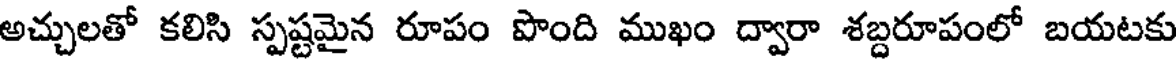
అచ్చులతో కలిసి స్పష్టమైన రూపం పొంది ముఖం ద్వారా శబ్దరూపంలో బయటకు